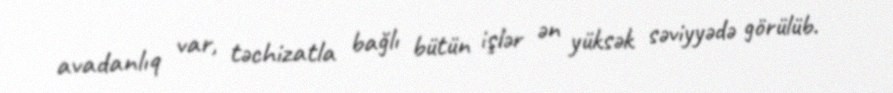
avadanlıq var, təchizatla bağlı bütün işlər ən yüksək səviyyədə görülüb.